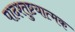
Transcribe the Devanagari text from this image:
पादश्तुष्टयात्मक